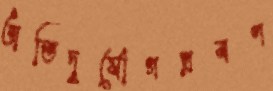
অতিদুর্যোগপ্রবণ